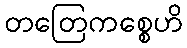
တတြေကစ္စေဟိ